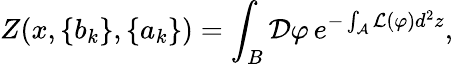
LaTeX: Z(x,\{ b_{k}\} ,\{ a_{k}\} )=\int_{B}{\mathcal D}\varphi\, e^{-\int_{\mathcal A}{\mathcal L}(\varphi)d^{2}z},